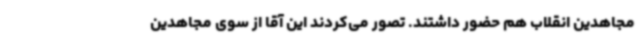
مجاهدین انقلاب هم حضور داشتند. تصور می‌کردند این آقا از سوی مجاهدین